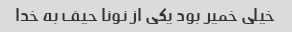
خیلی خمیر بود یکی از نونا حیف به خدا